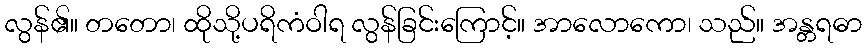
လွန်၏။ တတော၊ ထိုသို့ပရိကံဝါရ လွန်ခြင်းကြောင့်။ အာလောကော၊ သည်။ အန္တရဓာ